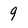
Character: 9